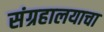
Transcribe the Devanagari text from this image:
संग्रहालयाचा